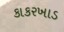
કાકરખાડ